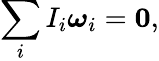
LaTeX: \sum_{i}I_{i}{\boldsymbol{\omega}}_{i}=\mathbf{0},